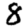
Digit: 8